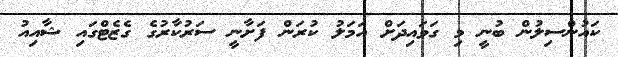
ކައުންސިލުން ބުނީ މި ގަވައިދަށް އަމަލު ކުރަން ފަށާނީ ސަރުކާރުގެ ގެޒެޓްގައި ޝާއިއު